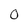
Character: o